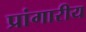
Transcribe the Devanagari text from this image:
प्रांगारीय